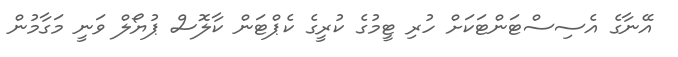
އޭނާގެ އެސިސްޓަންޓަކަށް ހުރި ޓީމުގެ ކުރީގެ ކެޕްޓަން ކާލޮސް ޕުޔޯލް ވަނީ މަގާމުން